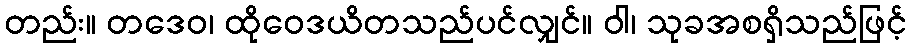
တည်း။ တဒေဝ၊ ထိုဝေဒယိတသည်ပင်လျှင်။ ဝါ၊ သုခအစရှိသည်ဖြင့်